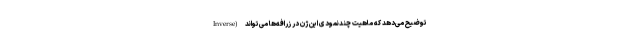
Inverse) توضیح می‌دهد که ماهیت چندنمودی این ژن در زرافه‌ها می‌تواند